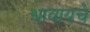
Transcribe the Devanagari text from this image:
धावायचे